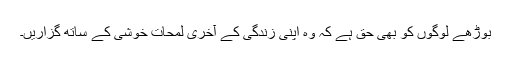
بوڑھے لوگوں کو بھی حق ہے کہ وہ اپنی زندگی کے آخری لمحات خوشی کے ساتھ گزاریں۔